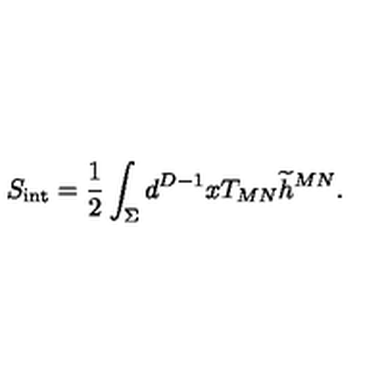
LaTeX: S _ { \mathrm { { \small i n t } } } = { \frac { 1 } { 2 } } \int _ { \Sigma } d ^ { D - 1 } x T _ { M N } { \widetilde h } ^ { M N } .